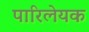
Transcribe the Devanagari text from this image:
पारिलेयक